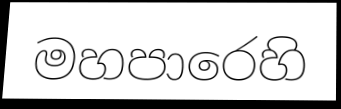
මහපාරෙහි